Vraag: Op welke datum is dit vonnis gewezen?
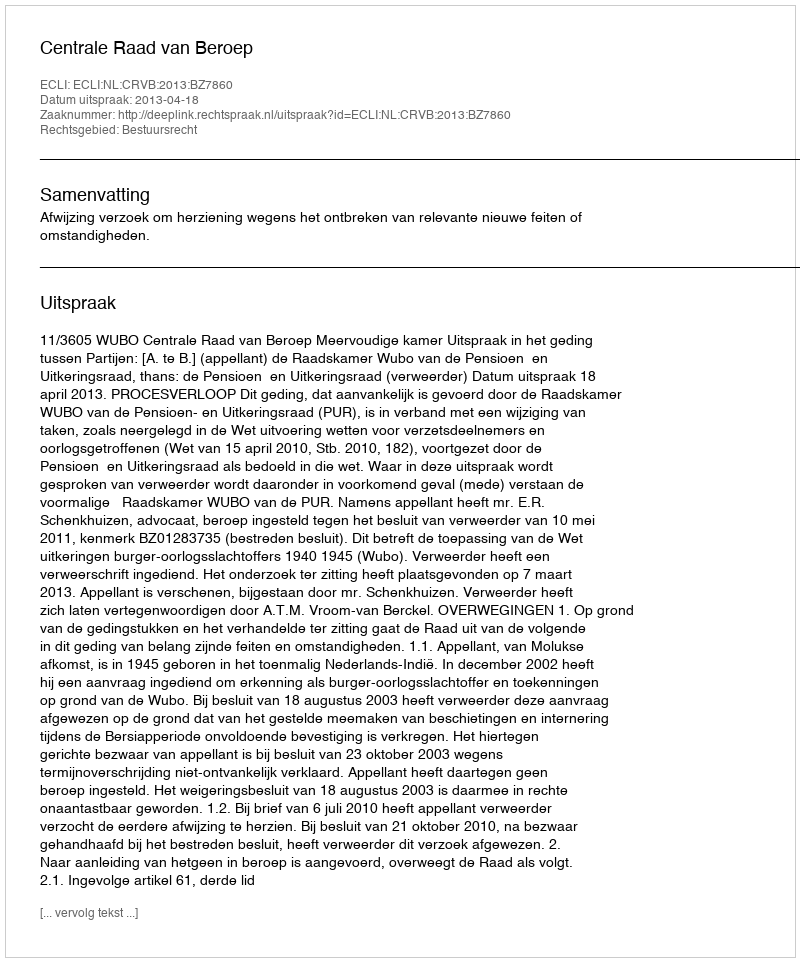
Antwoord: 2013-04-18